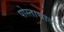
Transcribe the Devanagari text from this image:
पोस्ताघाट